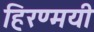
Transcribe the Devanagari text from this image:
हिरण्मयी